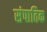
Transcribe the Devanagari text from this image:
संपातिक